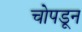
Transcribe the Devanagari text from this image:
चोपडून